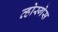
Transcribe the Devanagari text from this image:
व्होस्गेस